Vital statistics of India. Vol. V, Reports of 1876 on armies & jails and on epidemic cholera
Year: 1876
Disease focus: Cholera
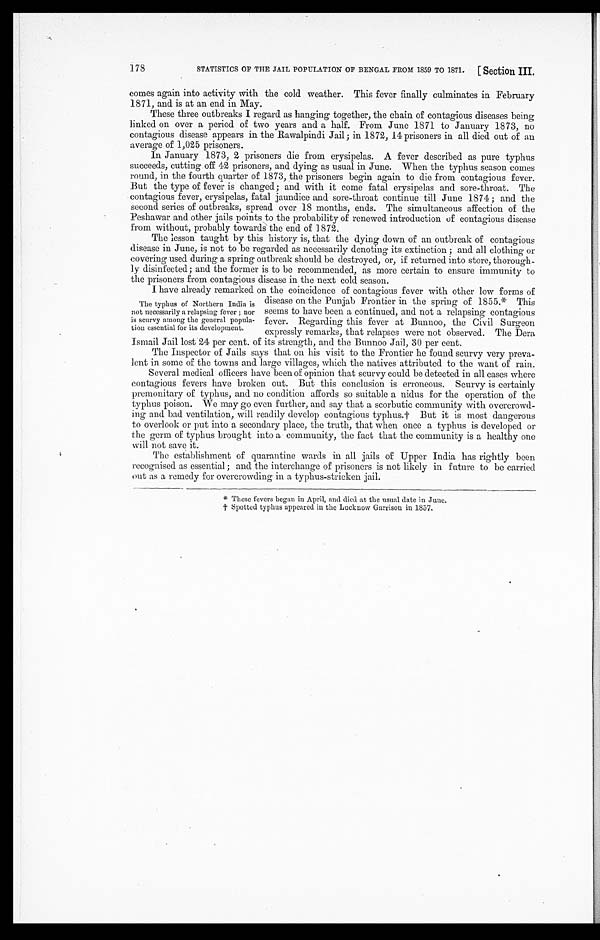
STATISTICS OF THE JAIL POPULATION OF BENGAL FROM 1859 TO 1871.
[ Section III.
178
comes again into activity with the cold weather. This fever finally culminates in February
1871, and is at an end in May.
These three outbreaks I regard as hanging together, the chain of contagious diseases being
linked on over a period of two years and a half. From June 1871 to January 1873, no
contagious disease appears in the Rawalpindi Jail; in 1872, 14 prisoners in all died out of an
average of 1,025 prisoners.
In January 1873, 2 prisoners die from erysipelas. A fever described as pure typhus
succeeds, cutting off 42 prisoners, and dying as usual in June. When the typhus season comes
round, in the fourth quarter of 1873, the prisoners begin again to die from contagious fever.
But the type of fever is changed; and with it come fatal erysipelas and sore-throat. The
contagious fever, erysipelas, fatal jaundice and sore-throat continue till June 1874 ; and the
second series of outbreaks, spread over 18 months, ends. The simultaneous affection of the
Peshawar and other jails points to the probability of renewed introduction of contagious disease
from without, probably towards the end of 1872.
The lesson taught by this history is, that the dying down of an outbreak of contagious
disease in June, is not to be regarded as necessarily denoting its extinction ; and all clothing or
covering used during a spring outbreak should be destroyed, or, if returned into store, thorough
-
ly disinfected; and the former is to be recommended, as more certain to ensure immunity to
the prisoners from contagious disease in the next cold season.
I have already remarked on the coincidence of contagious fever with other low forms of
disease on the Punjab Frontier in the spring of 1855.* This
seems to have been a continued, and not a relapsing contagious
fever. Regarding this fever at Bunnoo, the Civil Surgeon
expressly remarks, that relapses were not observed. The Dera
Ismail Jail lost 24 per cent. of its strength, and the Bunnoo Jail, 30 per cent.
The Inspector of J ails says that on hi s visit to the Frontier he found scurvy very preva
-
lent in some of the towns and large villages, which the natives attributed to the want of rain.
Several medical officers have been of opinion that scurvy could be detected in all cases where
contagious fevers have broken out. But this conclusion is erroneous. Scurvy is certainly
premonitary of typhus, and no condition affords so suitable a nidus for the operation of the
typhus poison. We may go even further, and say that a scorbutic community with overcrowd
-
ing and bad ventilation, will readily develop contagious typhus.† But it is most dangerous
to overlook or put into a secondary place, the truth, that when once a typhus is developed or
the germ of typhus brought into a community, the fact that the community is a healthy one
will not save it.
The establishment of quarantine wards in all jails of Upper India has rightly been
recognised as essential ; and the interchange of prisoners is not likely in future to be carried
out as a remedy for overcrowding in a typhus-stricken jail.
*T
h e s e f e v e r s b e g a n i n A p r i l , a n d d i e d a t t h e u s u a l d a t e i n J u n e .
† Spotted typhus appeared in the Lucknow Garrison in 1857.
The typhus of Northern India is
not necessarily a relapsing fever ; nor
is scurvy among the general popula
-tion essential for its development.